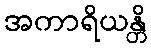
အကာရိယန္တိ